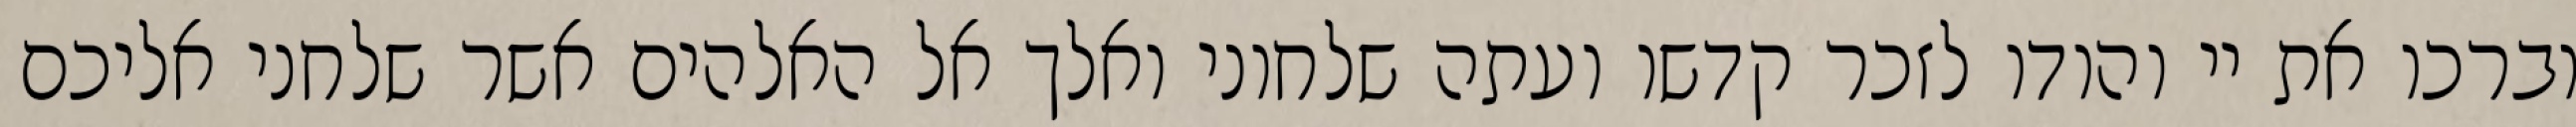
וברכו את יי והודו לזכר קדשו ועתה שלחוני ואלך אל האלהים אשר שלחני אליכם